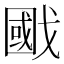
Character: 𢧷